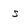
Character: 5